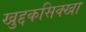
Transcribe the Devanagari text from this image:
खुद्दकसिक्खा